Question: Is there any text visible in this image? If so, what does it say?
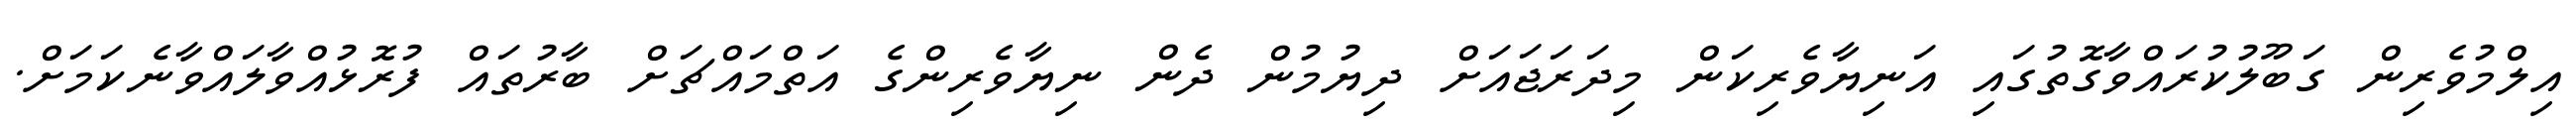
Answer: އިލްމުވެރިން ގަބޫލުކުރައްވާގޮތުގައި އަނިޔާވެރިކަން މިދަރަޖައަށް ދިޔުމުން ދެން ނިޔާވެރިންގެ އަތްމައްޗަށް ބާރުތައް ފުރޮޅުއްވާލައްވާނެކަމަށް.